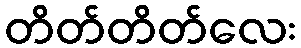
တိတ်တိတ်လေး